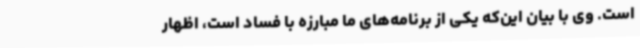
است. وی با بیان این‌که یکی از برنامه‌های ما مبارزه با فساد است، اظهار